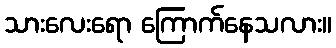
သားလေးရော ကြောက်နေသလား။